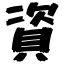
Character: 資